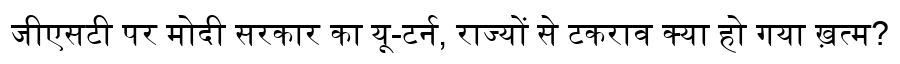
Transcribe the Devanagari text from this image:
जीएसटी पर मोदी सरकार का यू-टर्न, राज्यों से टकराव क्या हो गया ख़त्म?